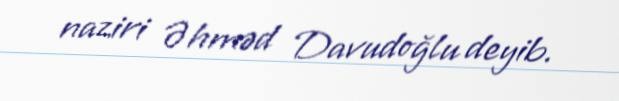
naziri Əhməd Davudoğlu deyib.